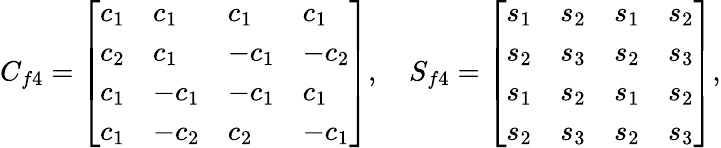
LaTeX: C_{f4}=\left[\begin{array}{llll}{c_{1}}&{c_{1}}&{c_{1}}&{c_{1}}\\ {c_{2}}&{c_{1}}&{-c_{1}}&{-c_{2}}\\ {c_{1}}&{-c_{1}}&{-c_{1}}&{c_{1}}\\ {c_{1}}&{-c_{2}}&{c_{2}}&{-c_{1}}\end{array}\right],\quad S_{f4}=\left[\begin{array}{llll}{s_{1}}&{s_{2}}&{s_{1}}&{s_{2}}\\ {s_{2}}&{s_{3}}&{s_{2}}&{s_{3}}\\ {s_{1}}&{s_{2}}&{s_{1}}&{s_{2}}\\ {s_{2}}&{s_{3}}&{s_{2}}&{s_{3}}\end{array}\right],